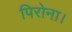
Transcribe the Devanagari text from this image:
पिरोना।